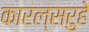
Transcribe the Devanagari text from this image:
कारल्सरुहे